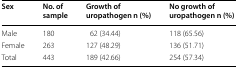
<table><thead><tr><td><b>Sex</b></td><td><b>No. of sample</b></td><td><b>Growth of uropathogen n (%)</b></td><td><b>No growth of uropathogen n (%)</b></td></tr></thead><tbody><tr><td>Male</td><td>180</td><td>62 (34.44)</td><td>118 (65.56)</td></tr><tr><td>Female</td><td>263</td><td>127 (48.29)</td><td>136 (51.71)</td></tr><tr><td>Total</td><td>443</td><td>189 (42.66)</td><td>254 (57.34)</td></tr></tbody></table>